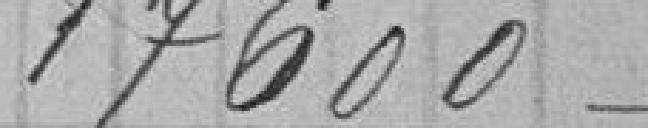
17600-